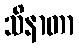
သိနာတာ